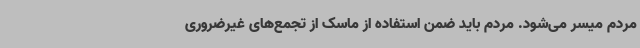
مردم میسر می‌شود. مردم باید ضمن استفاده از ماسک از تجمع‌های غیرضروری